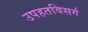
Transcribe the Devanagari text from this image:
उपहतविसर्ग